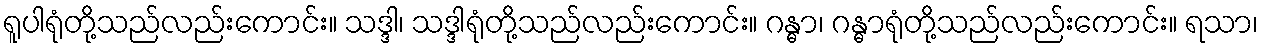
ရူပါရုံတို့သည်လည်းကောင်း။ သဒ္ဒါ၊ သဒ္ဒါရုံတို့သည်လည်းကောင်း။ ဂန္ဓာ၊ ဂန္ဓာရုံတို့သည်လည်းကောင်း။ ရသာ၊